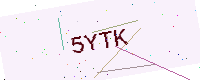
Text: 5YTK